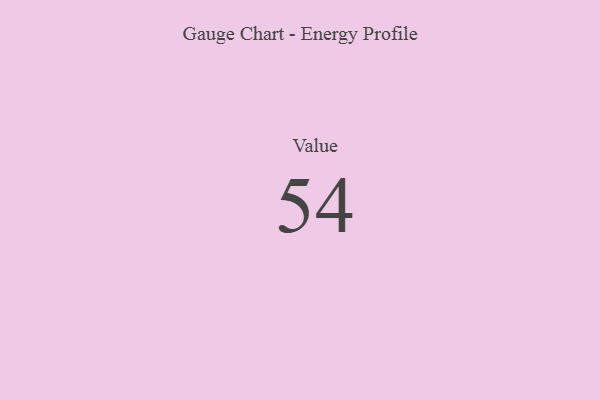
{"axis": {"x": "Metric", "y": "Value"}, "legend": [""], "data": [{"x": "Value", "y": 54, "type": ""}]}